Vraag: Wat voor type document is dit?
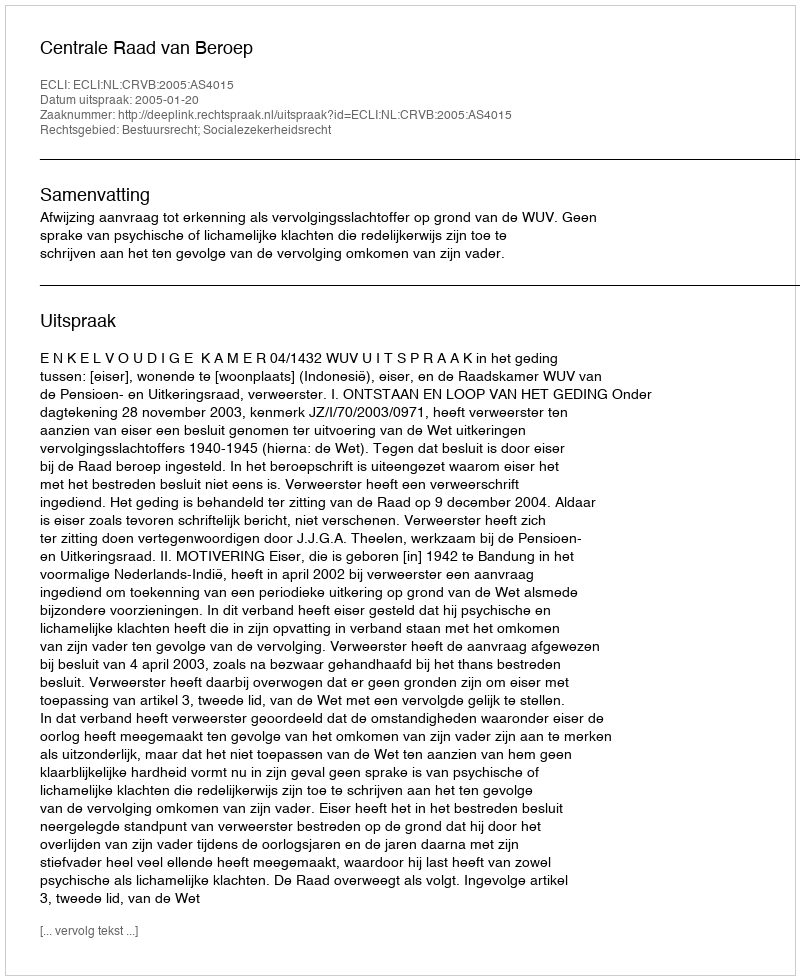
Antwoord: Uitspraak